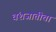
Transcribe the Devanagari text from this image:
वंशजातीचा